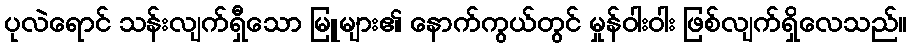
ပုလဲရောင် သန်းလျက်ရှီသော မြူများ၏ နောက်ကွယ်တွင် မှုန်ဝါးဝါး ဖြစ်လျက်ရှိလေသည်။